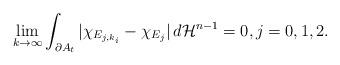
LaTeX: \begin{align*} \lim_{k\rightarrow\infty}\int_{\partial A_t} |\chi_{E_{j,k_i}} - \chi_{E_j}|\, d\mathcal{H}^{n-1} = 0, j = 0,1,2.\end{align*}